Sketch of the medical history of the native army of Bombay, for the year
Year: 1872
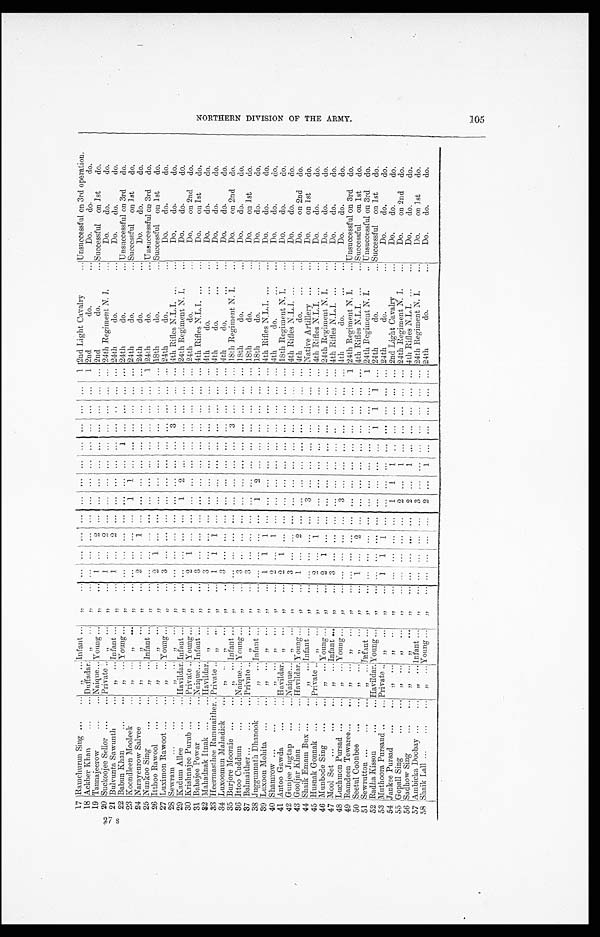
27 s
17 Ramchurun Sing
" Infant
"
. . .
. . . ...
. . .
. . .
. . .
. . .
. . .
. . . . . .
. . . 1 2nd Light Cavalry
Unsuccessful on 3rd operati on.
18 Ackber Khan
Duffadar.
"
"
... ... ...
. . .
. . .
. . .
. . .
. . .
. . . . . . ...
1 2nd do.
Do. do. do.
19 Tannajeerow
.Naique
Y o u n g
"
. . . . . .
. . .
. . .
. . . ... ...
. . .
. . .
. . . . . .
. . . 2nd do.
Successful on 1st do.
20 Suckoojee Sellor
Private
"
1
. . . 2
. . .
. . .
. . . . . .
. . .
. . .
. . .
. . .
. . . ... 24th Regiment N. I.
Do. do. do.
21 Bulvunta Sawunth
" Young
"
1 ...
2 ...
. . . ... ...
. . .
. . . . . . ... ... 24th do.
Do. do. do.
22 Babun Khan
" Young
"
...
. . .
. . . . . .
. . . ...
. . .
. . .
. . . ... ...
. . . 24th do.
Unsuccessful on 3rd
do.
23 Koondleen Mooleek
"
"
"
... ... ... ...
1 1
. . .
. . .
. . .
. . .
. . . ... 24th do.
Successful on 1st do.
24 Narayenrow Salvee
"
"
"
2
. . . 1
. . .
. . . . . .
. . .
. . .
. . .
. . .
. . . . . . 24th do.
Do. do. do.
25 Nunkoo Sing
" Infant
"
. . . . . .
. . . . . .
. . .
. . . . . .
. . .
. . . . . .
. . . 1 24th do.
Unsuccessful on 3rd
do.
26 Itthoo Rawool
"
"
"
2
1
. . .
. . .
. . .
. . . . .
. . .
. . . . . .
. . .
. . .
18th do.
Successful on 1st do.
27 Luximon Rawoot
" Young
"
3 ... ... ... ...
. . . ... ...
. . .
. . .
. . .
. . .
2 4 t h d o .
Do. do. do.
28 Sewram
"
"
"
. . . . . .
. . .
. . . . . . . . .
. . .
. . .
. . .
. . . . . . ... 4th Rifles N.L.I.
Do. do. do.
29 Kadum Allee
Havildar.
I n f a n t
"
. . . . . .
. . .
. . .
1 2
. . .
. . .
. . . ...
. . .
. . . 24th Regiment N. I.
Do. do. do.
30 Krishnajee Purub
P r i v a t e
Y o u n g
"
2 1 ... ...
. . .
. . .
. . . ... ... ...
. . . ... 24th do.
Do. on 2nd do.
31 Babajee Powar
N a i q u e
I n f a n t
"
3 ... ... ... ... ... ...
. . .
. . . .
. . .
. . .
. . . 4th Rifles N.L.I.
Do. on 1st do.
32 Mahadnak Itnak
H a v i l d a r .
"
"
3
. . . ... ... ... ... ...
. . . ... ...
. . .
. . . 4th do.
Do. do. do.
33 Heermasthee Rammaither Private
"
"
1
1
1
. . .
. . .
. . . . . .
. . .
. . .
. . .
. . . . . . 4th do.
Do. do. do.
34 Luxoomun Mahadick
"
"
"
3
. . .
. . .
. . .
. . .
. . . . . .
. . .
. . .
. . .
. . .
. . .
4 t h d o .
Do. do. do.
35 Burjore Mooraie
" Infant
" ... ... ...
. . .
. . . ... ... ... 3
. . . ... ... 18th Regiment N. I.
Do. on 2nd do.
36 Ittoo Cuddum
Naique Young
"
3 ... ... ...
. . .
. . . ...
. . .
. . .
. . .
. . .
. . . 18th do.
Do. do. do.
37 Balmaither
P r i v a t e
"
"
3 ... ....
. . .
. . . . . .
. . .
. . .
. . .
. . . ... ... 18th do.
Do. on 1st do.
38 Juggunnath Dhanook
" Infant
"
. . .
. . .
. . .
. . . 1
2
. . .
. . .
. . .
. . .
. . .
. . . 18th do.
Do. do. do.
39 Luxoon Mohita
"
"
"
1
1
1
. . . ... ... ...
. . . ... ... ... ... 4th Rifles N.L.I.
Do. do. do.
40 Shamrow
"
"
"
2
. . .
1
. . .
. . . . . . . . . ...
. . .
. . . . . .
. . . 4th do.
Do. do. do.
4 1
Antoo Gawda
H a v i l d a r .
"
"
2 1 ... ...
. . . ...
. . .
. . .
. . .
. . .
. . .
. . . 18th Regiment N. I.
Do. do. do.
42 Gunjee Jugtap
Naique
"
"
3 ... ... ...
. . . . . .
. . .
. . . ... ...
. . . ... 4th Rifles N.L.I.
Do. do. do.
4 3
Gooljar Khan
H a v i l d a r . Young
"
1 ...
2 ...
. . . . . .
. . .
. . .
. . .
. . .
. . .
. . . 4th do.
Do. on 2nd do.
4 4
Shai k Emam Bux
" Infant
" ... ...
. . . ...
3 ... ...
. . . ... ... ... ... Native Artillery
Do. on 1st do.
4 5
Husnak Gonnak
P r i v a t e
"
"
2 ...
1 . . .
. . . . . . ... ... ... ... ...
. . . 4th Rifles N.L.I.
Do. do. do.
4 6
Munbode Sing
" Young
"
2
1 ... ...
. . . ... ...
. . . . . .
. . .
. . .
. . . 24th Regiment N. I.
Do. do. do.
47 Mool Set
"
I n f a n t
"
3 ... ... ...
. . . ... ... ... ..
... ... ... 4th Rifles N.L.I.
Do. do. do.
48 Luchmon Pursad
"
Young
"
. . . . . .
. . .
. . .
3 . . .
. . .
. . .
. . .
. . .
. . .
. . .
do.
Do. do. do.
4 9
Ramdeen Tewaree
"
"
"
. . . . . .
. . .
. . .
. . . . . .
. . .
. . .
. . .
. . .
. . .
1 24th Regiment N. I.
Unsuccessful on 3rd do.
5 0
Seetul Coonbee
"
"
"
1
. . .
2
. . .
. . . . . .
. . .
. . .
. . .
. . .
. . .
. . . 4th Rifles N.L.I.
Successful on 1st do.
51 Sewrutton
" Infant
"
. . . . . .
. . .
. . .
. . . . . .
. . .
. . . . . .
. . .
. . . 1 24th Regiment N. I.
Unsuccessful on 3rd do.
5 2
Radha Kisson.
Havildar.
Y o u n g .
"
. . . . . . . . . . . .
. . . . . .
. . .
. . . 1
1
1 ... 24th do.
Successful on 1st do.
53 Muthoora Pursaud
Private
"
"
1 1
1
. . .
. . . . . .
. . .
. . .
. . .
. . .
. . .
. . . 24th do.
Do. do. do.
5 4
Jankee Pursad
" "
" ... ...
. . . ...
1
1 1
. . .
. . .
. . .
. . .
. . . 2nd Light Cavalry
Do. do. do.
5 5
Gopal Sing
"
"
"
. . . . . .
. . .
. . .
2
. . . 1 ... ... ... ... ... 24th Regiment N. I.
Do. on 2nd do.
56 Sadhow Sing
"
"
"
. . . . . .
. . . . . .
2
. . . 1
. . .
. . .
. . .
. . . ... 4th Rifles N.L.I.
Do. do. do.
57 Ambicka Doobay
"
I n f a n t
" ... ...
. . .
. . . 3 ... ...
. . . ... ...
. . . ... 24th Regiment N. I.
Do. on 1st do.
58 Shaik Lall
" Young
"
. . . . . .
. . .
. . . 2 ...
1 ... ... ... ... ... 24th do.
Do. do. do.
N O R T H E R N D I V I S I O N O F T H E A R M Y .
105